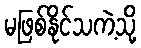
မဖြစ်နိုင်သကဲ့သို့